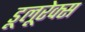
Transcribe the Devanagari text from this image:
डूलूरेक्स